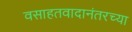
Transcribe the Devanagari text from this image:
वसाहतवादानंतरच्या